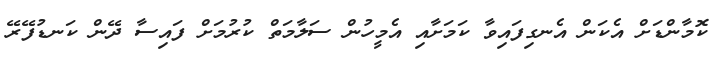
ކޮމާންޑަށް އެކަން އެނގިފައިވާ ކަމަށާއި އެމީހުން ސަލާމަތް ކުރުމަށް ފައިސާ ދޭން ކަނޑުފޭރޭ